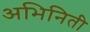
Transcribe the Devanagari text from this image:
अभिनिती